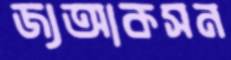
জ্যআকসন